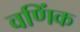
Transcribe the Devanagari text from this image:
वणिंक